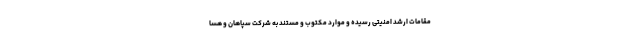
مقامات ارشد امنیتی رسیده و موارد مکتوب و مستند به شرکت سپاهان و هسا